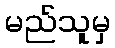
မည်သူမှ